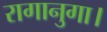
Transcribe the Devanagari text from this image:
रागानुगा।